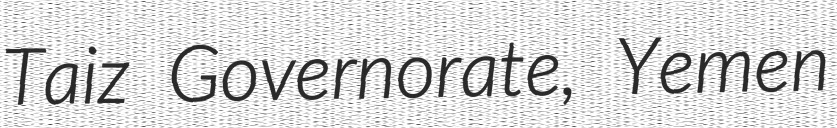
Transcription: Taiz Governorate, Yemen